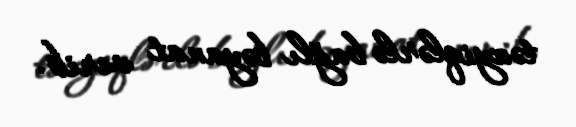
təzyiqlərlə bağlı bəyanat verib.